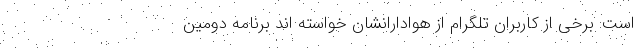
است: برخی از کاربران تلگرام از هوادارانشان خواسته اند برنامه دومین